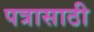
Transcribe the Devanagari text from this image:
पत्रासाठी